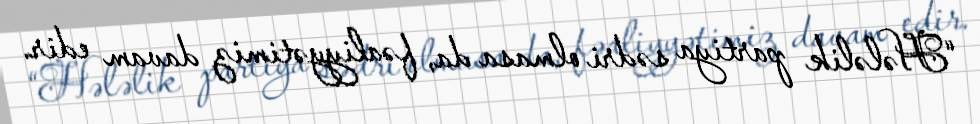
“Hələlik partiya sədri olmasa da, fəaliyyətimiz davam edir.